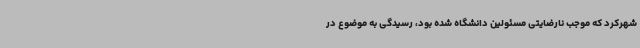
شهرکرد که موجب نارضایتی مسئولین دانشگاه شده بود، رسیدگی به موضوع در